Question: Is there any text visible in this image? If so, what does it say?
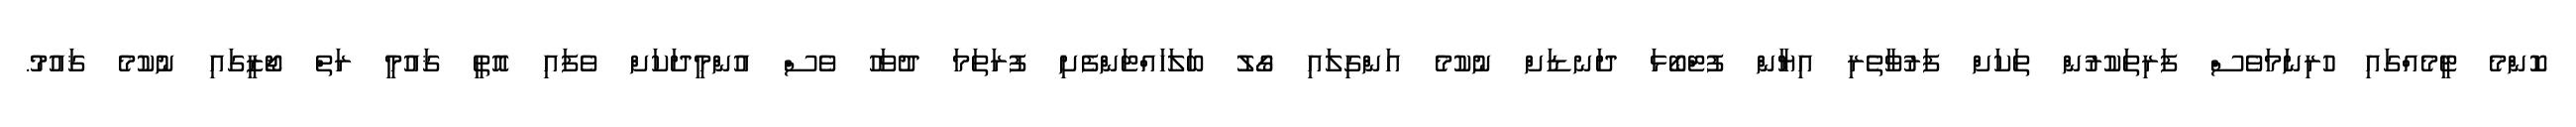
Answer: ކޮންމެ ޓީމެއްގައި ހުރިނަމަވެސް ފަރިތަކުރުން ތަކަށް ފަރުވާތެރި އިޔާން ފުޓްބޯޅަ ދަނޑަށް ނުކުމެ އަންގިލައި ގޯލު ބަލަހައްޓަންފެށި ފުރަތަމަ ދުވަހު ވެސް އުންމީދަކަށް ވެފައި އޮތީ ޤައުމީ ރަތް ޖޯޒީގައި ނުކުމެ ޤައުމު.